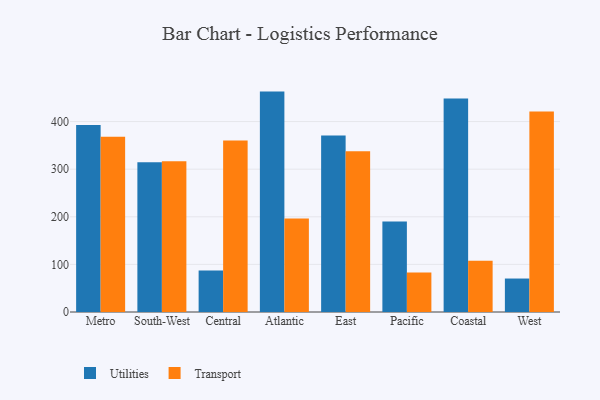
{"axis": {"x": "Region", "y": "Population (Million)"}, "legend": ["Transport", "Utilities"], "data": [{"x": "Metro", "y": 392.7, "type": "Utilities"}, {"x": "Metro", "y": 368.2, "type": "Transport"}, {"x": "South-West", "y": 314.4, "type": "Utilities"}, {"x": "South-West", "y": 316.7, "type": "Transport"}, {"x": "Central", "y": 87.4, "type": "Utilities"}, {"x": "Central", "y": 360.3, "type": "Transport"}, {"x": "Atlantic", "y": 462.9, "type": "Utilities"}, {"x": "Atlantic", "y": 196.6, "type": "Transport"}, {"x": "East", "y": 370.7, "type": "Utilities"}, {"x": "East", "y": 337.8, "type": "Transport"}, {"x": "Pacific", "y": 190.1, "type": "Utilities"}, {"x": "Pacific", "y": 82.9, "type": "Transport"}, {"x": "Coastal", "y": 448.6, "type": "Utilities"}, {"x": "Coastal", "y": 107.4, "type": "Transport"}, {"x": "West", "y": 70.3, "type": "Utilities"}, {"x": "West", "y": 421.2, "type": "Transport"}]}